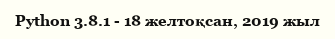
Python 3.8.1 - 18 желтоқсан, 2019 жыл